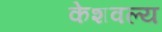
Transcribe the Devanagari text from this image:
केशवल्य